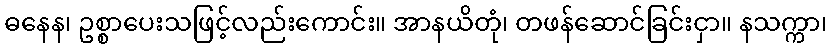
ဓနေန၊ ဥစ္စာပေးသဖြင့်လည်းကောင်း။ အာနယိတုံ၊ တဖန်ဆောင်ခြင်းငှာ။ နသက္ကာ၊